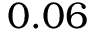
0 . 0 6